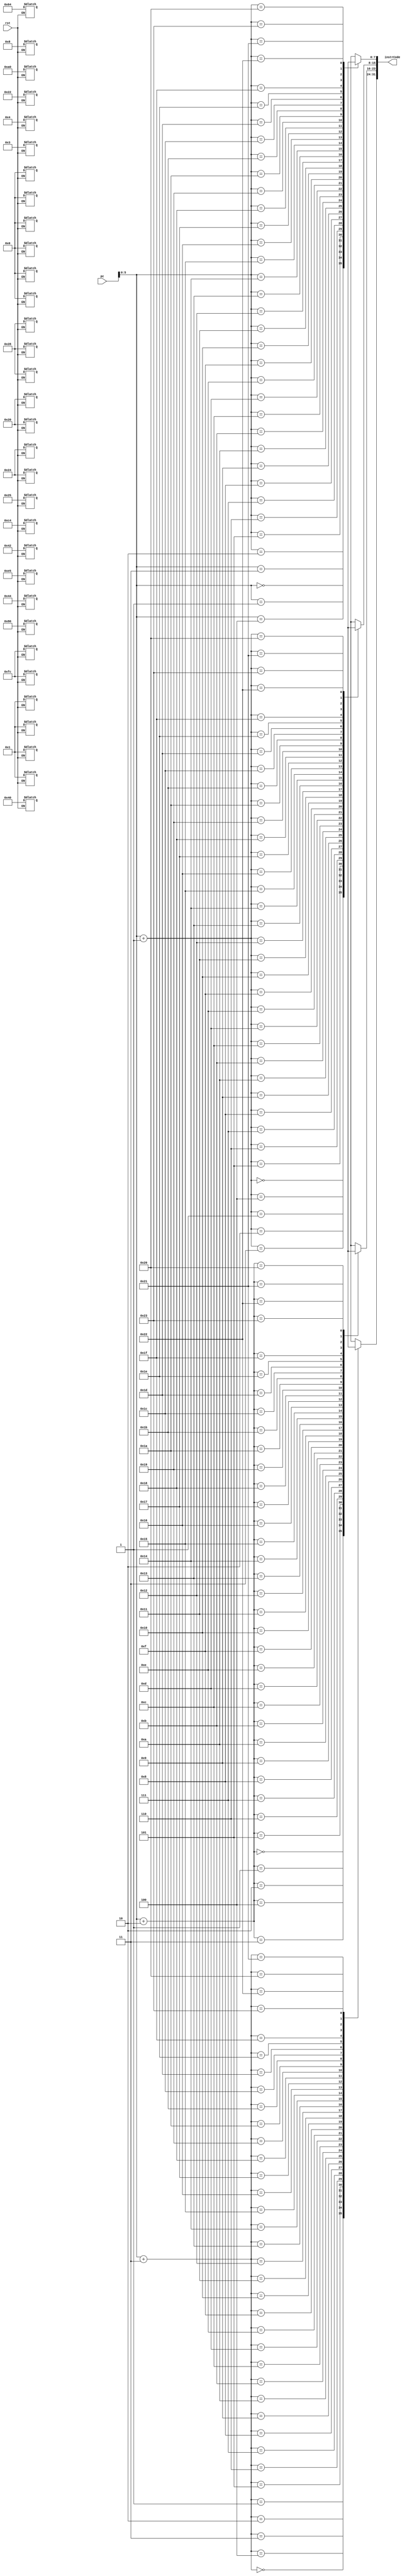
`timescale 1ns / 1ps
//////////////////////////////////////////////////////////////////////////////////
// Company: 
// Engineer: 
// 
// Design Name: 
// Module Name: instrMem
// Project Name: 
// Target Devices: 
// Tool Versions: 
// Description: 
// 
// Dependencies: 
// 
// Revision:
// Revision 0.01 - File Created
// Additional Comments:
// 
//////////////////////////////////////////////////////////////////////////////////


module instrMem(
    input [31:0] pc,
    input rst,
    output [31:0] instrCode
    );
reg [7:0] Mem [35:0];  
 
always @(rst)
begin 
    if(!rst)
        begin
            // li 4thReg, 3
            Mem[3]<=8'hfc;
            Mem[2]<=8'h80;
            Mem[1]<=8'h00;
            Mem[0]<=8'h03; 
            
            // li 5thReg, 8                
            Mem[7]<=8'hfc;
            Mem[6]<=8'ha0;
            Mem[5]<=8'h00;
            Mem[4]<=8'h08;
            
            // add 6thReg, 4thReg, 5thReg
            Mem[11]<=8'h00;
            Mem[10]<=8'hc4;
            Mem[9]<=8'h28;
            Mem[8]<=8'h20;
            
            // sub 7thReg, 5thReg, 4thReg
            Mem[15]<=8'h00;
            Mem[14]<=8'he5;
            Mem[13]<=8'h20;
            Mem[12]<=8'h22;
            
            // and 8thReg, 4thReg, 5thReg
            Mem[19]<=8'h01;
            Mem[18]<=8'h04;
            Mem[17]<=8'h28; 
            Mem[16]<=8'h24;
            
            // or 9thReg, 4htReg, 5thReg
            Mem[23]<=8'h01;
            Mem[22]<=8'h24;
            Mem[21]<=8'h28; 
            Mem[20]<=8'h25;
            
            // sll 10thReg, 4thReg, 1
            Mem[27]<=8'h01;
            Mem[26]<=8'h44;
            Mem[25]<=8'h00; 
            Mem[24]<=8'h40;
            
            //srl 11thReg, 4thReg, 1
            Mem[31]<=8'h01;
            Mem[30]<=8'h64;
            Mem[29]<=8'h00; 
            Mem[28]<=8'h42;
        end 
end
assign instrCode = {Mem[pc+3], Mem[pc+2], Mem[pc+1], Mem[pc]};

endmodule